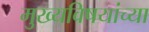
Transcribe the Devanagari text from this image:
मुख्यविषयांच्या